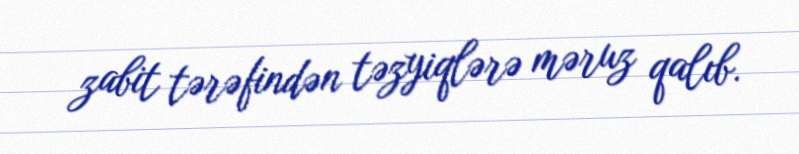
zabit tərəfindən təzyiqlərə məruz qalıb.